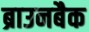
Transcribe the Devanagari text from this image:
ब्राउनबैक